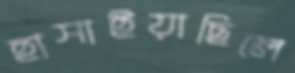
হাসাইয়াছিলে